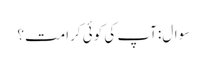
سوال:آپ کی کوئی کرامت؟